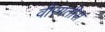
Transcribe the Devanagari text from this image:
वीरगतीस